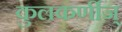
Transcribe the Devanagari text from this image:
कुलकर्णीज्